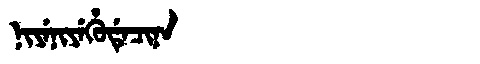
Manchu: ᠨᡳᠶᡝᠨᡳᠶᡝᡥᡠᡩᡝᠴᡳᠨᠠ
Romanization: NIYENIYEHUDECINA